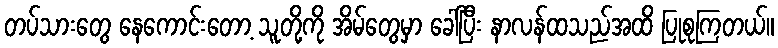
တပ်သားတွေ နေကောင်းတော့ သူတို့ကို အိမ်တွေမှာ ခေါ်ပြီး နာလန်ထသည်အထိ ပြုစုကြတယ်။